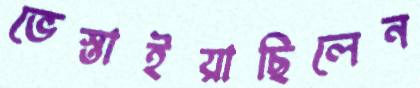
ভেস্তাইয়াছিলেন